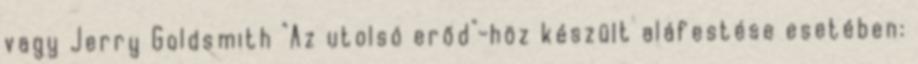
vagy Jerry Goldsmith "Az utolsó erőd"-höz készült aláfestése esetében: